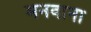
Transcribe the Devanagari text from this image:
मनवाना